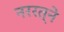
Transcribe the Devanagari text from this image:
नररत्ने